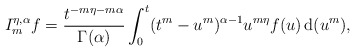
\begin{align*} I_m^{\eta, \alpha}f= \frac{t^{-m\eta-m\alpha}}{\Gamma(\alpha)}\int_0^t(t^m-u^m)^{\alpha-1}u^{m\eta}f(u)\, \mathrm{d}(u^m), \end{align*}